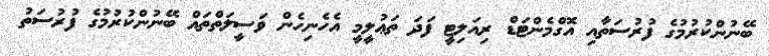
ބޭނުންކުރުމުގެ ފުރުސަތާއި އޮގްމެންޓަޑް ރިއަލިޓީ ފަދަ ތަޢުލީމީ އެހެނިހެން ވަސީލަތްތައް ބޭނުންކުރުމުގެ ފުރުސަތު